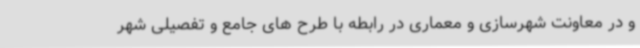
و در معاونت شهرسازی و معماری در رابطه با طرح های جامع و تفصیلی شهر